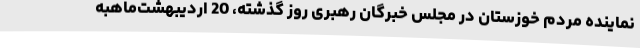
نماینده مردم خوزستان در مجلس خبرگان رهبری روز گذشته، 20 اردیبهشت‌ماهبه